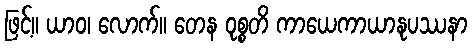
ဖြင့်။ ယာဝ၊ လောက်။ တေန ဝုစ္စတိ ကာယေကာယာနုပဿနာ